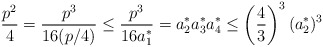
\begin{align*} \frac{p^{2}}{4} = \frac{p^{3}}{16 (p/4)} \leq \frac{p^{3}}{16 a_{1}^{*}} = a_{2}^{*} a_{3}^{*} a_{4}^{*} \leq \left(\frac{4}{3}\right)^{3} (a_{2}^{*})^{3}\end{align*}